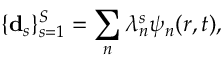
\{ \mathbf { d } _ { s } \} _ { s = 1 } ^ { S } = \sum _ { n } \lambda _ { n } ^ { s } \psi _ { n } ( \boldsymbol { r , t } ) ,